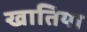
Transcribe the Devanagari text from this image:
खातिया